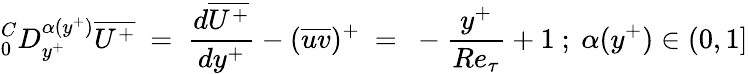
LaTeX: ^C_{0}D_{y^{+}}^{\alpha(y^{+})}\overline{{U^{+}}}~=~\frac{d\overline{{U^{+}}}}{dy^{+}}-(\overline{{uv}})^{+}~=~-{\frac{y^{+}}{Re_{\tau}}}+1~;~\alpha(y^{+})\in(0,1]